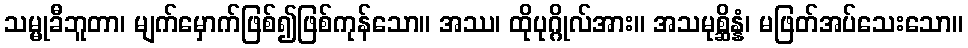
သမ္မုခီဘူတာ၊ မျက်မှောက်ဖြစ်၍ဖြစ်ကုန်သော။ အဿ၊ ထိုပုဂ္ဂိုလ်အား။ အသမုစ္ဆိန္နံ၊ မဖြတ်အပ်သေးသော။